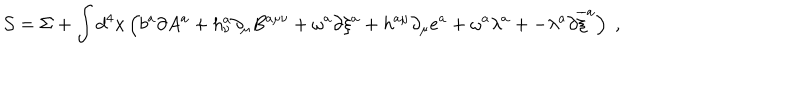
LaTeX: \mathcal { S } = \Sigma + \displaystyle \int d ^ { 4 } x \left( b ^ { a } \partial A ^ { a } + h _ { \nu } ^ { a } \partial _ { \mu } B ^ { a \mu \nu } + \omega ^ { a } \partial \xi ^ { a } + h ^ { a \mu } \partial _ { \mu } e ^ { a } + \omega ^ { a } \lambda ^ { a } + - \lambda ^ { a } \partial \overline { { { \xi } } } ^ { a } \right) \; ,